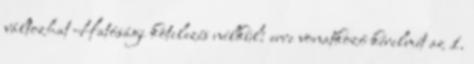
változhat Hatósági kötelezés nélkül: erre vonatkozó kérelmét az 1.